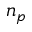
n _ { p }